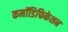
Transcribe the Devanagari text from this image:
कमॉडिफिकेशन